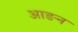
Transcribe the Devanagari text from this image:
आङन